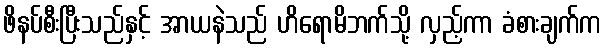
ဖိနပ်စီးပြီးသည်နှင့် အာယနဲသည် ဟိရောမိဘက်သို့ လှည့်ကာ ခံစားချက်က